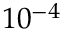
1 0 ^ { - 4 }